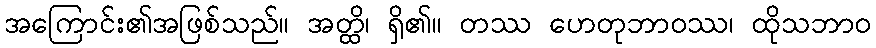
အကြောင်း၏အဖြစ်သည်။ အတ္ထိ၊ ရှိ၏။ တဿ ဟေတုဘာဝဿ၊ ထိုသဘာဝ